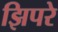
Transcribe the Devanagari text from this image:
झिपरे